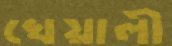
খেয়ালী